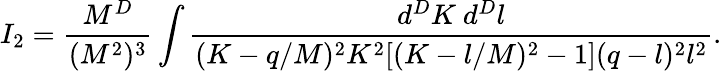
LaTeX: I_{2}=\frac{M^{D}}{(M^{2})^{3}}\int\frac{d^{D}K~d^{D}l}{(K-q/M)^{2}K^{2}[(K-l/M)^{2}-1](q-l)^{2}l^{2}}.